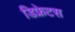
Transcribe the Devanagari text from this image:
डिफ्रेटस